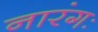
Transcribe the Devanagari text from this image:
नारंगः